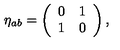
\eta _ { a b } = \left( \begin{array} { c c } { 0 } & { 1 } \\ { 1 } & { 0 } \\ \end{array} \right) ,